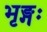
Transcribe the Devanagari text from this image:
भृङ्गः